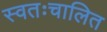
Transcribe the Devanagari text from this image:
स्वतःचालित